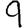
Digit: 9